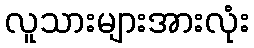
လူသားများအားလုံး